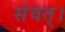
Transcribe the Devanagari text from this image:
संवत्‌।